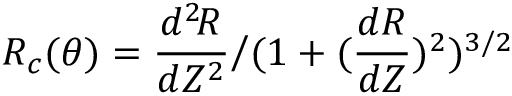
R _ { c } ( \theta ) = \frac { d ^ { 2 } \! R } { d Z ^ { 2 } } \big / ( 1 + ( \frac { d R } { d Z } ) ^ { 2 } ) ^ { 3 / 2 }